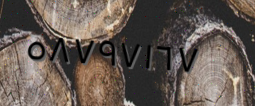
٥٨٧٩٧١٦٧